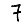
Digit: 7